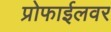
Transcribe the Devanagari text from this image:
प्रोफाईलवर